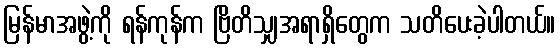
မြန်မာအဖွဲ့ကို ရန်ကုန်က ဗြိတိသျှအရာရှိတွေက သတိပေးခဲ့ပါတယ်။